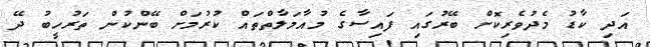
އަދި ކާޑު މެދުވެރިކޮށް ބޭރުގައި ފައިސާގެ މުއާމަލާތްތައް ކުރުމަށް ބޭންކުން ތަރުހީބު ދޭ